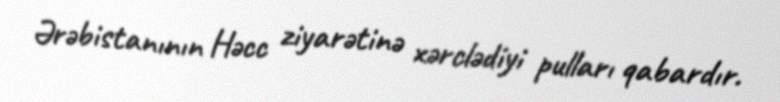
Ərəbistanının Həcc ziyarətinə xərclədiyi pulları qabardır.